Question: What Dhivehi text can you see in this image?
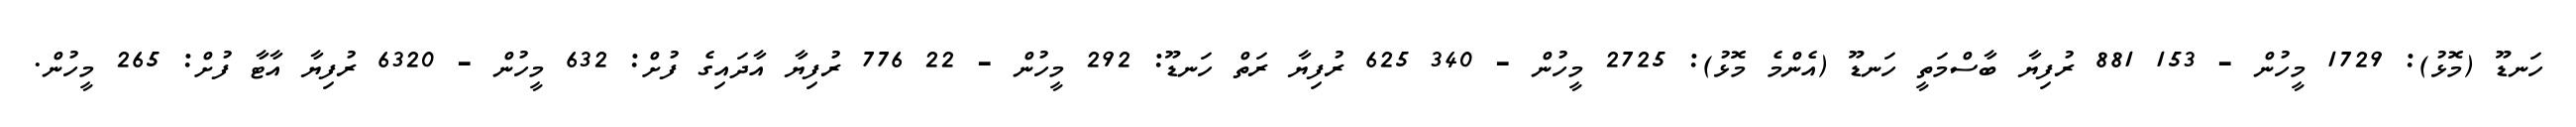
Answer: ހަނޑޫ (މޮޅު): 1729 މީހުން - 153 881 ރުފިޔާ ބާސްމަތީ ހަނޑޫ (އެންމެ މޮޅު): 2725 މީހުން - 340 625 ރުފިޔާ ރަތް ހަނޑޫ: 292 މީހުން - 22 776 ރުފިޔާ އާދައިގެ ފުށް: 632 މީހުން - 6320 ރުފިޔާ އާޓާ ފުށް: 265 މީހުން.